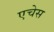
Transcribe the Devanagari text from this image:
एचेस